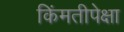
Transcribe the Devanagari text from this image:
किंमतीपेक्षा